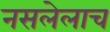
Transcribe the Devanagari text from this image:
नसलेलाच